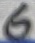
Text: 6